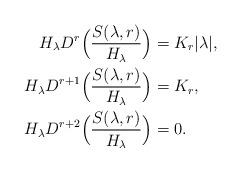
LaTeX: \begin{align*} H_\lambda D^{r}\Bigl(\frac{S(\lambda,r)}{H_\lambda}\Bigr)&= K_r |\lambda|, \\ H_\lambda D^{r+1}\Bigl(\frac{S(\lambda,r)}{H_\lambda}\Bigr)&= K_r, \\ H_\lambda D^{r+2}\Bigl(\frac{S(\lambda,r)}{H_\lambda}\Bigr)&= 0. \end{align*}